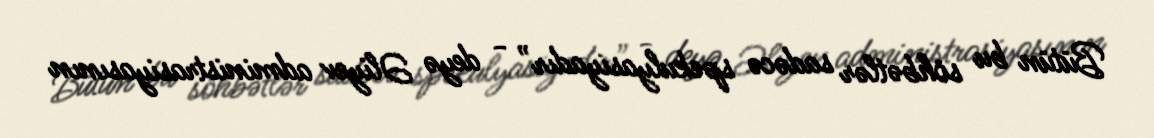
Bütün bu söhbətlər sadəcə spekulyasiyadır” - deyə Əliyev administrasiyasının